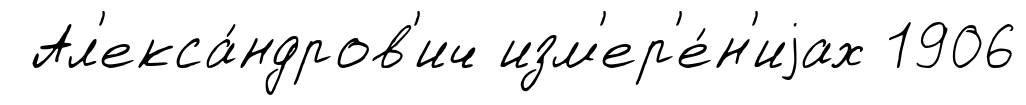
Ал'екса́ндров'ич изм'ер'е́н'иjах 1906